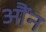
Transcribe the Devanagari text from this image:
औंन